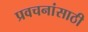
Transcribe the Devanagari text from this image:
प्रवचनांसाठी